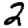
Digit: 2